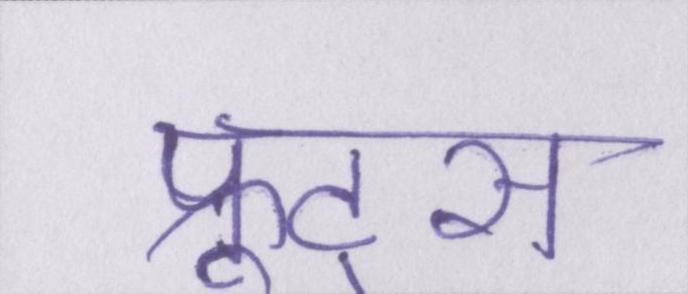
फ्रूट्स